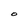
Character: O